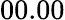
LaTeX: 00.00